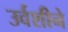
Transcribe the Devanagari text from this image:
उर्वशीने